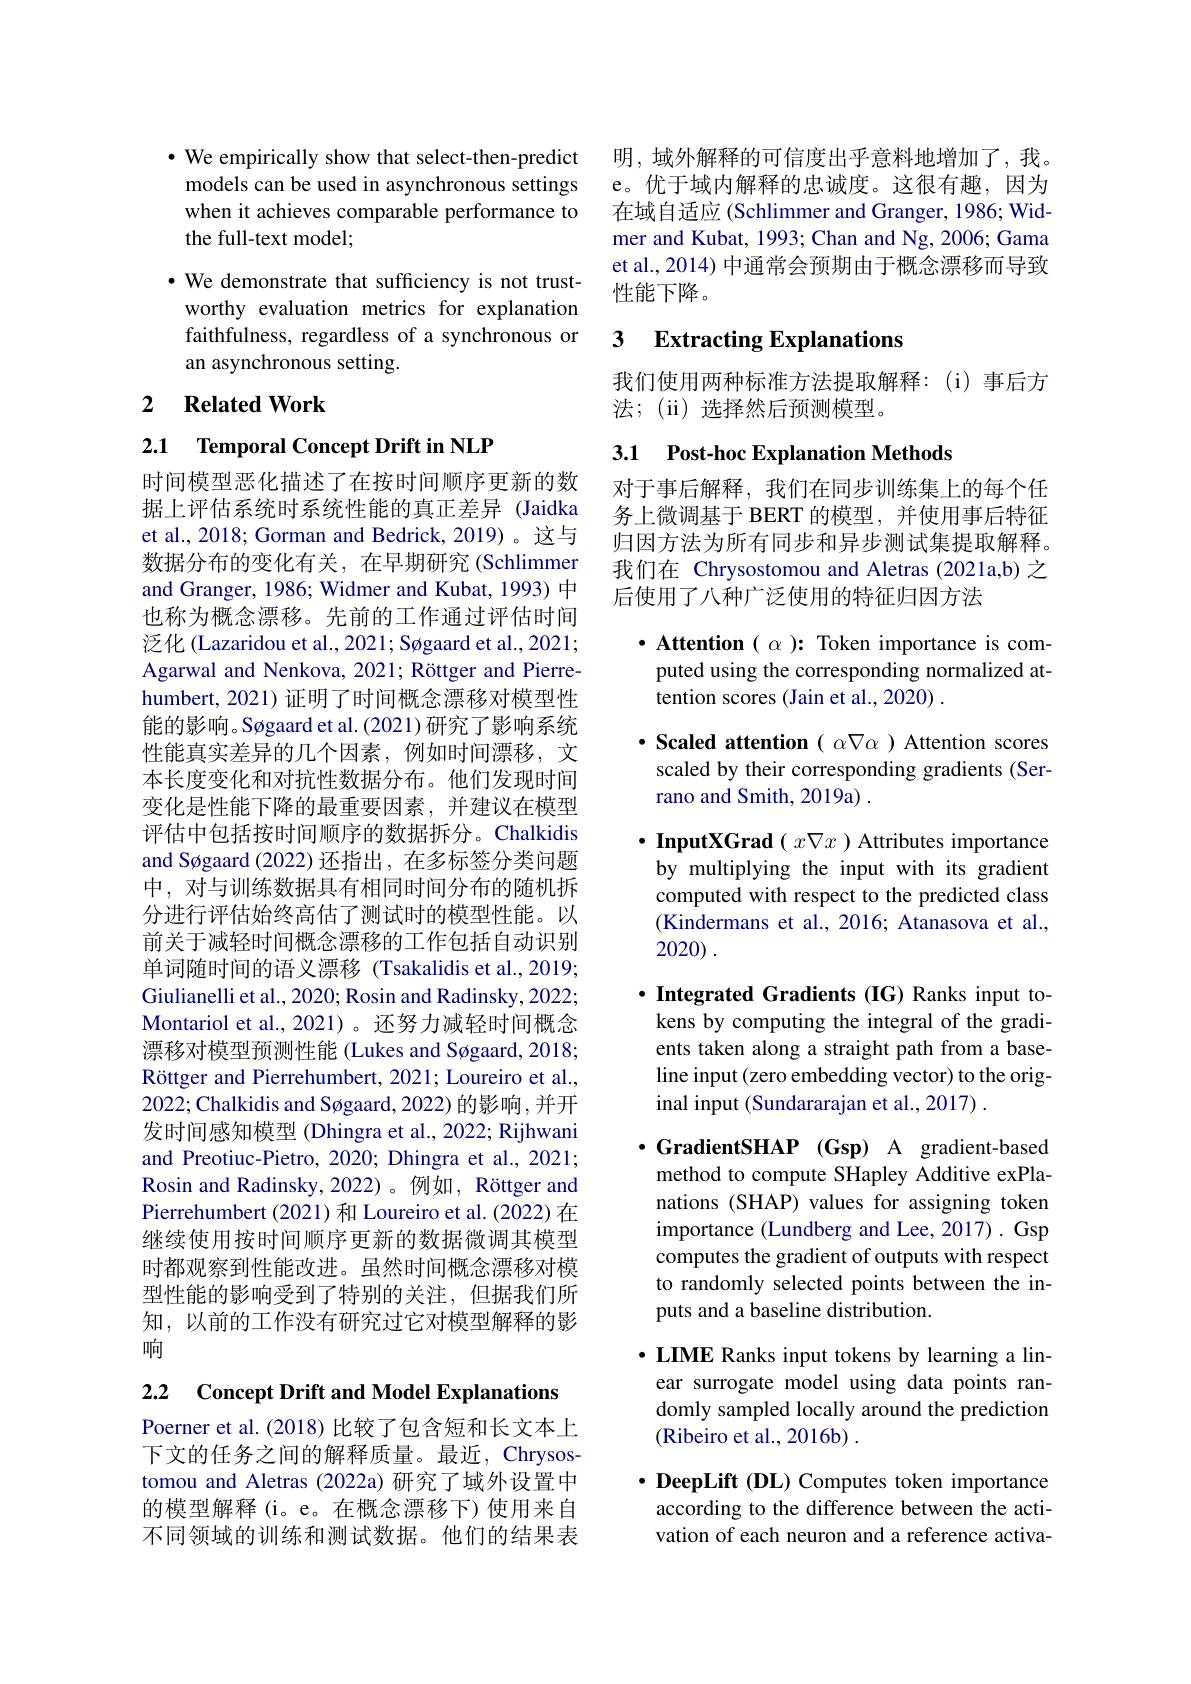
$\cdot$ We empirically show that select-then-predict models can be used in asynchronous settings when it achieves comparable performance to the full-text model;

$\cdot$ We demonstrate that sufficiency is not trustworthy evaluation metrics for explanation faithfulness, regardless of a synchronous or an asynchronous setting.

## 2 $\textbf{Related Work}$

2.1 Temporal Concept Drift in NLP

时间模型恶化描述了在按时间顺序更新的数据上评估系统时系统性能的真正差异 (Jaidka et al., 2018; Gorman and Bedrick, 2019)。这与数据分布的变化有关，在早期研究(Schlimmer and Granger, 1986; Widmer and Kubat, 1993) 中也称为概念漂移。先前的工作通过评估时间泛化 (Lazaridou et al., 2021; Søgaard et al., 2021; Agarwal and Nenkova, 2021; Röttger and Pierrehumbert, 2021) 证明了时间概念漂移对模型性能的影响。Søgaard et al. (2021) 研究了影响系统性能真实差异的几个因素，例如时间漂移，文本长度变化和对抗性数据分布。他们发现时间变化是性能下降的最重要因素，并建议在模型评估中包括按时间顺序的数据拆分。Chalkidis and Søgaard (2022)还指出，在多标签分类问题中，对与训练数据具有相同时间分布的随机拆分进行评估始终高估了测试时的模型性能。以前关于减轻时间概念漂移的工作包括自动识别单词随时间的语义漂移(Tsakalidis et al.,2019; Giulianelli et al., 2020; Rosin and Radinsky, 2022; Montariol et al.,2021)。还努力减轻时间概念漂移对模型预测性能 (Lukes and Søgaard, 2018; Röttger and Pierrehumbert, 2021; Loureiro et al., 2022; Chalkidis and Søgaard, 2022) 的影响，并开发时间感知模型 (Dhingra et al., 2022; Rijhwani and Preotiuc-Pietro, 2020; Dhingra et al., 2021; Rosin and Radinsky,2022)。例如，Röttger and Pierrehumbert (2021) 和 Loureiro et al. (2022) 在继续使用按时间顺序更新的数据微调其模型时都观察到性能改进。虽然时间概念漂移对模型性能的影响受到了特别的关注，但据我们所知，以前的工作没有研究过它对模型解释的影响

2.2 Concept Drift and Model Explanations

Poerner et al. (2018) 比较了包含短和长文本上下文的任务之间的解释质量。最近，Chrysostomou and Aletras (2022a) 研究了域外设置中的模型解释(i。e。在概念漂移下)使用来自不同领域的训练和测试数据。他们的结果表

明，域外解释的可信度出乎意料地增加了，我。e。优于域内解释的忠诚度。这很有趣，因为在域自适应 (Schlimmer and Granger, 1986; Widmer and Kubat, 1993; Chan and Ng, 2006; Gama et al., 2014) 中通常会预期由于概念漂移而导致性能下降。

## 3 $\textbf{Extracting Explanations}$

我们使用两种标准方法提取解释：(i)事后方
法；(ii)选择然后预测模型。

## 3.1 Post-hoc Explanation Methods

对于事后解释，我们在同步训练集上的每个任务上微调基于 BERT 的模型，并使用事后特征归因方法为所有同步和异步测试集提取解释。我们在 Chrysostomou and Aletras (2021a,b) 之后使用了八种广泛使用的特征归因方法

$\cdot$ Attention $(\alpha):$ Token importance is computed using the corresponding normalized attention scores (Jain et al., 2020) .

$\cdot$ Scaled attention $(\alpha\nabla\alpha)$ Attention scores scaled by their corresponding gradients (Serrano and Smith, 2019a) .

$\cdot$ InputXGrad $(x\nabla x)$ Attributes importance by multiplying the input with its gradient computed with respect to the predicted class (Kindermans et al., 2016; Atanasova et al., 2020) .

$\cdot$ Integrated Gradients (IG) Ranks input tokens by computing the integral of the gradients taken along a straight path from a baseline input (zero embedding vector) to the original input (Sundararajan et al., 2017) .

$\cdot$ GradientSHAP (Gsp) A gradient-based method to compute SHapley Additive exPlanations (SHAP) values for assigning token importance (Lundberg and Lee, 2017) . Gsp computes the gradient of outputs with respect to randomly selected points between the inputs and a baseline distribution.

$\cdot$ LIME Ranks input tokens by learning a linear surrogate model using data points randomly sampled locally around the prediction (Ribeiro et al., 2016b) .

$\cdot \textbf{DeepLift ( DL) Computes token importance}$ according to the difference between the activation of each neuron and a reference activa-